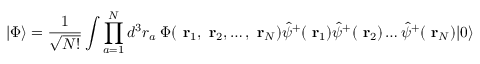
| \Phi \rangle = \frac { 1 } { \sqrt { N ! } } \int \prod _ { a = 1 } ^ { N } d ^ { 3 } r _ { a } \; \Phi ( \mathrm { \bf ~ r } _ { 1 } , \mathrm { \bf ~ r } _ { 2 } , \dots , \mathrm { \bf ~ r } _ { N } ) \hat { \psi } ^ { + } ( \mathrm { \bf ~ r } _ { 1 } ) \hat { \psi } ^ { + } ( \mathrm { \bf ~ r } _ { 2 } ) \dots \hat { \psi } ^ { + } ( \mathrm { \bf ~ r } _ { N } ) | 0 \rangle